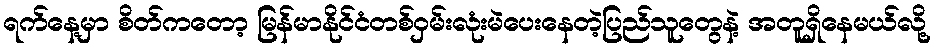
ရက်နေ့မှာ စိတ်ကတော့ မြန်မာနိုင်ငံတစ်ဝှမ်းလုံးမဲပေးနေတဲ့ပြည်သူတွေနဲ့ အတူရှိနေမယ်လို့